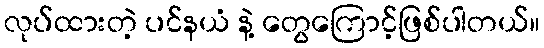
လုပ်ထားတဲ့ ပင်နယံ နဲ့ တွေကြောင့်ဖြစ်ပါတယ်။